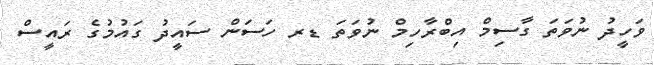
ވަހީދު ނުވަތަ ގާސިމް އިބްރާހިމް ނުވަތަ ޑރ ހަސަން ސައީދު ގައުމުގެ ރައީސް